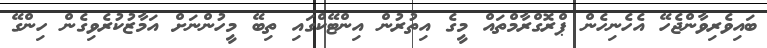
ބައިވެރިވާންޖެހޭ އެހެނިހެން ޕްރޮގްރާމްތައް މީގެ އިތުރުން އިންޓޭކްގައި ތިބޭ މީހުންނަށް އަމާޒުކުރެވިގެން ހިންގޭ